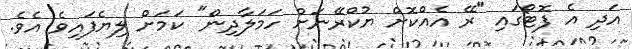
އަދި އެ ފޮޓޯގައި "ރޭ އެއްކޮށް ޔުކްރޭނަށް ހަމަލާދިން" ކަމަށް ލިޔެފައިވެ އެވެ.